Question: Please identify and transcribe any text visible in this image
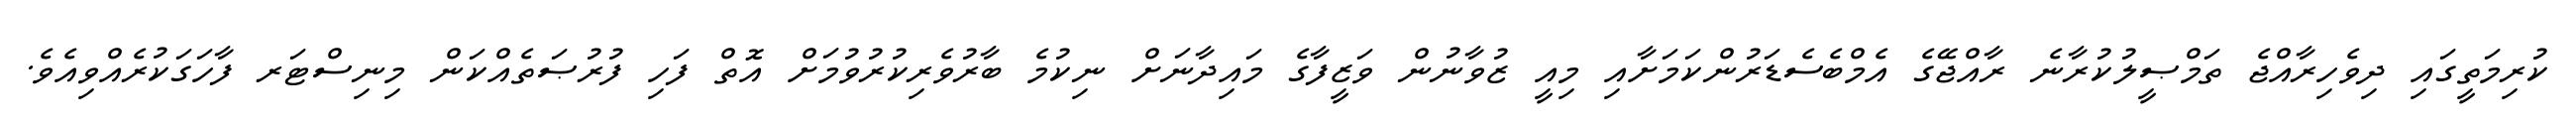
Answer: ކުރިމަތީގައި ދިވެހިރާއްޖެ ތަމްޞީލުކުރާނެ ރާއްޖޭގެ އެމްބެސެޑަރުންކަމަށާއި މިއީ ޒުވާނުން ވަޒީފާގެ މައިދާނަށް ނިކުމެ ބާރުވެރިކުރުވުމަށް އޮތް ފަހި ފުރުޞަތެއްކަން މިނިސްޓަރ ފާހަގަކުރެއްވިއެވެ.